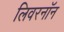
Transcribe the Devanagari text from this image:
लिवरनॉन